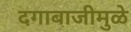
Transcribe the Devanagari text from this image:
दगाबाजीमुळे